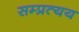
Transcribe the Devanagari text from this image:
सम्प्रत्यय